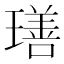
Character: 𤩕